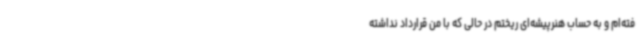
فته‌ام و به حساب هنرپیشه‌ای ریختم در حالی که با من قرارداد نداشته